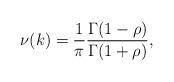
LaTeX: \begin{align*}\nu(k) = \frac 1\pi \frac{\Gamma(1-\rho)}{\Gamma(1+\rho)},\end{align*}